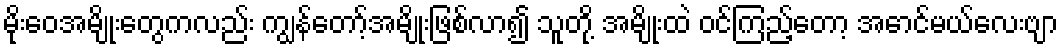
မိုးဝေအမျိုးတွေကလည်း ကျွန်တော့်အမျိုးဖြစ်လာ၍ သူတို့ အမျိုးထဲ ဝင်ကြည့်တော့ အောင်မယ်လေးဗျာ